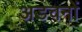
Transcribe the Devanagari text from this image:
अडचनों